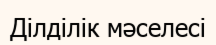
Ділділік мәселесі